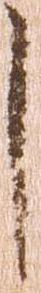
し